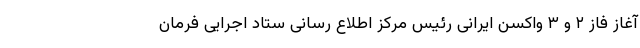
آغاز فاز ۲ و ۳ واکسن ایرانی رئیس مرکز اطلاع رسانی ستاد اجرایی فرمان